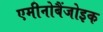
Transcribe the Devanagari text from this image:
एमीनोबैंजोइक